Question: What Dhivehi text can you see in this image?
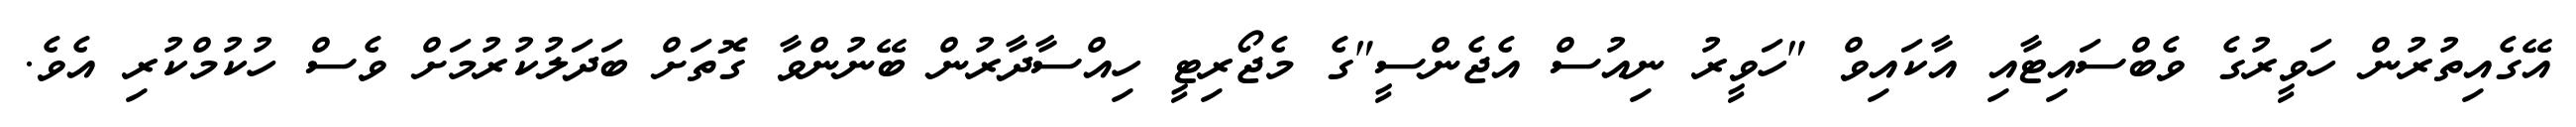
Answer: އޭގެއިތުރުން ހަވީރުގެ ވެބްސައިޓާއި އާކައިވް "ހަވީރު ނިއުސް އެޖެންސީ"ގެ މެޖޯރިޓީ ހިއްސާދާރުން ބޭނުންވާ ގޮތަށް ބަދަލުކުރުމަށް ވެސް ހުކުމްކުރި އެވެ.